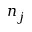
n _ { j }